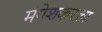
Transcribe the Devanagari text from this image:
मंगेशकरला